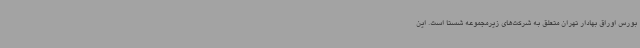
بورس اوراق بهادار تهران متعلق به شرکت‌های زیرمجموعه شستا است. این